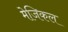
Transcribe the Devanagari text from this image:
मेजिकल